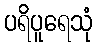
ပရိပူရေသုံ